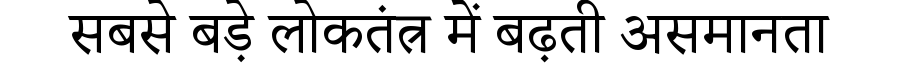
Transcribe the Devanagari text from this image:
सबसे बड़े लोकतंत्र में बढ़ती असमानता